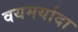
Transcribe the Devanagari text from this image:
वयमर्यादा